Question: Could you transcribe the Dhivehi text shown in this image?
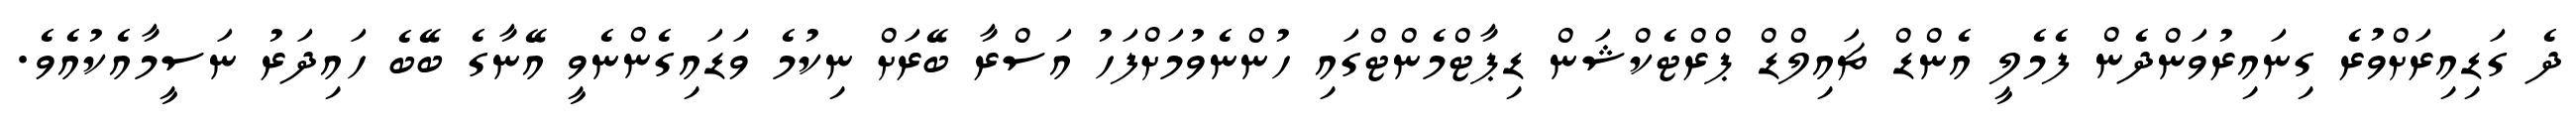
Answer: ދެ ގަޑިއިރަށްވުރެ ގިނައިރުވަންދެން ފެމެލީ އެންޑް ޗައިލްޑް ޕްރްޓެކްޝަން ޑިޕާޓްމެންޓްގައި ހުންނެވުމަށްފަހު އަސްރާ ބޭރަށް ނިކުމެ ވަޑައިގެންނެވީ އޭނާގެ ބޭބެ ހައިދަރު ނަސީމާއެކުއެވެ.